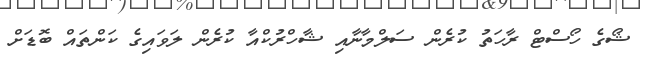
ޝޯގެ ހޯސްޓް ރާހަތު ކުރެން ސަލްމާނާއި ޝާހްރުކްއާ ކުރެން ލަވައިގެ ކަންތައް ބޮޑަށް